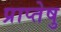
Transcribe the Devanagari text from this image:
प्राप्तेषु